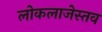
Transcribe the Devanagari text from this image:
लोकलाजेस्तव